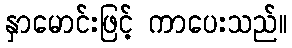
နှာမောင်းဖြင့် ကာပေးသည်။